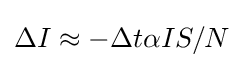
\Delta I\approx -\Delta t\alpha IS/N